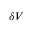
\delta V